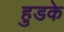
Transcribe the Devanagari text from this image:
हुडके